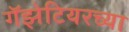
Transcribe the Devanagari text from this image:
गॅझेटियरच्या